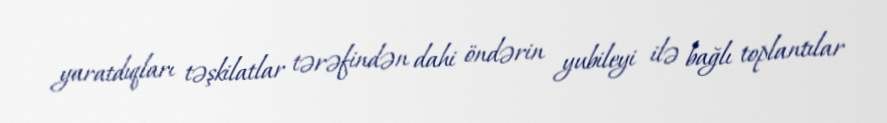
yaratdıqları təşkilatlar tərəfindən dahi öndərin yubileyi ilə bağlı toplantılar